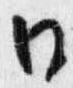
日